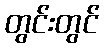
တွင်းတွင်